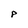
Character: P